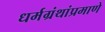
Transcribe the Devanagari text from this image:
धर्मग्रंथांप्रमाणे